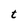
Character: t